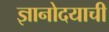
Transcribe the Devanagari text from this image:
ज्ञानोदयाची